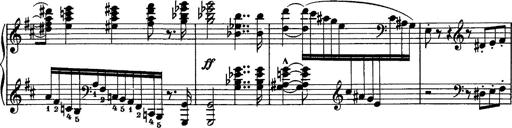
Title: Piano Sonata
Composer: Karl HÃ¤ssler
Key: C major